Indian journal of veterinary science and animal husbandry - Volume 2,
Year: 1932
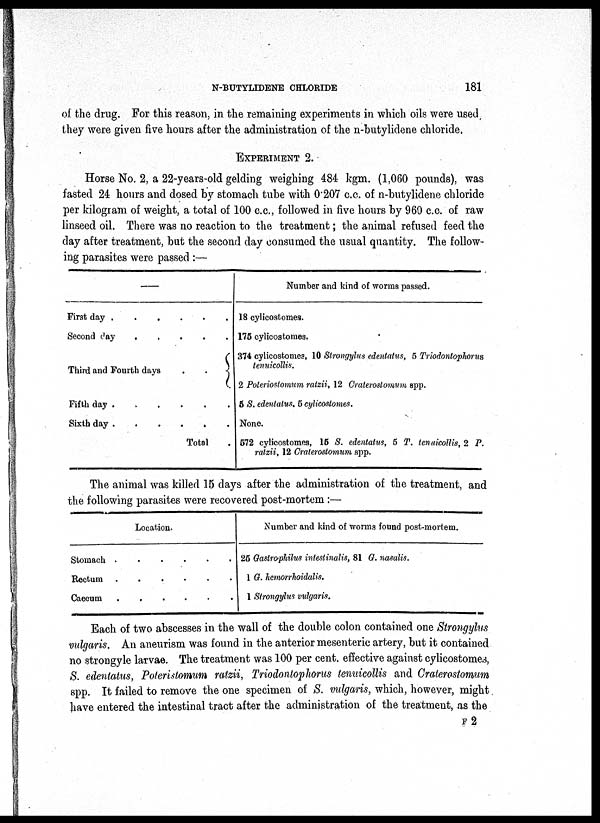
N-BUTYLIDENE CHLORIDE
181
of the drug. For this reason, in the remaining experiments in which oils were used
they were given five hours after the administration of the n-butylidene chloride.
EXPERIMENT 2.
Horse No. 2, a 22-years-old gelding weighing 484 kgm. (1,060 pounds), was
fasted 24 hours and dosed by stomach tube with 0.207 c.c. of n-butylidene chloride
per kilogram of weight, a total of 100 c.c., followed in five hours by 960 c.c. of raw
linseed oil. There was no reaction to the treatment; the animal refused feed the
day after treatment, but the second day consumed the usual quantity. The follow-
ing parasites were passed :—
—
First day .
.
.
.
.
.
Second
day.
.
.
.
.
.
Third and Fourth days . . {
Fifth day
.
.
.
.
.
.
Sixth day
.
.
.
.
.
.
Total
.
Number and kind of worms passed.
18 cylicostomes.
175 cylicostomes.
374 cylicostomes, 10 Strongylus edentatus, 5 Triodontophorus
tenuicollis.
2 Poleriostomum ratzii, 12 Craterostomum spp.
5 S. edentatus. 5 cylicostomes.
None.
572 cylicostomes, 15 S. edentatus, 5 T, tenuicollis, 2 P.
ratzii, 12 Crateroslomum spp.
The animal was killed 15 days after the administration of the treatment, and
the following parasites were recovered post-mortem ;—
Location.
Stomach . . . . . .
Rectum. . . . . .
Caecum.
.
.
.
.
.
Number and kind of worms found post-mortem.
25 Gaslrophilus intestinalis, 81 G. nasalis.
1 G. hemorrhoidalis.
1 Strongylus vulgaris.
Each of two abscesses in the wall of the double colon contained one Strongylus
vulgaris. An aneurism was found in the anterior mesenteric artery, but it contained
no strongyle larvae. The treatment was 100 per cent. effective against cylicostomes,
S. edentatus, Poteristomum ratzii, Triodontophorus tenuicollis and Craterostomum
spp. It failed to remove the one specimen of S. vulgaris, which, however, might
have entered the intestinal tract after the administration of the treatment, as the
F 2